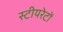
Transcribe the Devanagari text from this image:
स्टीयरेटों